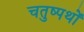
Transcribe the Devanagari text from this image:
चतुष्पथों